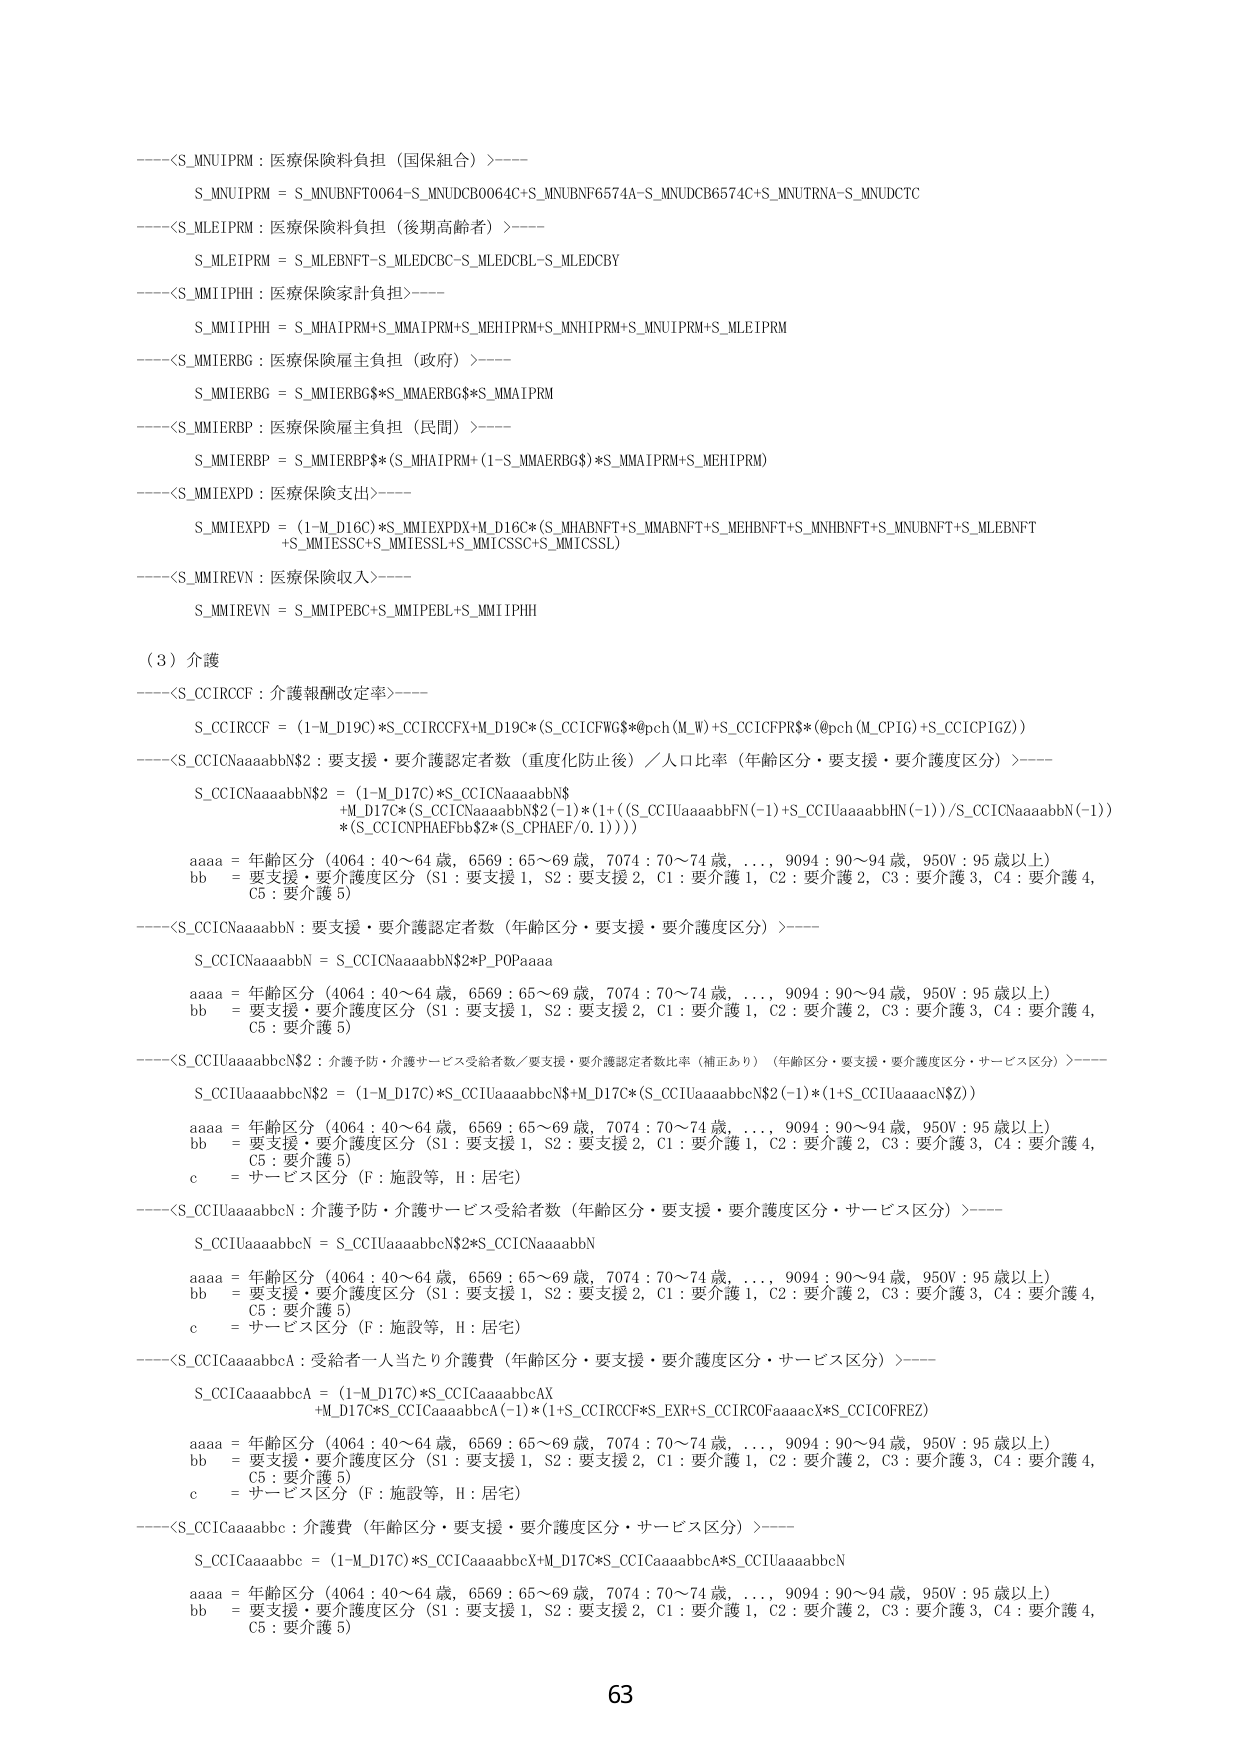
----<S_MNUIPRM : 医療保険料負担（国保組合）>----
S_MNUIPRM = S_MNUBNFT0064+S_MNUDCB0064C+S_MNUBNF6574A-S_MNUDCB6574C+S_MNUTRNA-S_MNUDCTC
----<S_MLEIPRM : 医療保険料負担（後期高齢者）>----
S_MLEIPRM = S_MLEBNFT-S_MLEDCBC-S_MLEDCBL-S_MLEDCBY
----<S_MMIIPHH : 医療保険家計負担>----
S_MMIIPHH = S_MHAIPRM+S_MMAIPRM+S_MEHIPRM+S_MNHIPRM+S_MNUIPRM+S_MLEIPRM
----<S_MMIERBG : 医療保険雇主負担（政府）>----
S_MMIERBG = S_MMIERBG$*S_MMAERBG$*S_MMAIPRM
----<S_MMIERBP : 医療保険雇主負担（民間）>----
S_MMIERBP = S_MMIERBP$*(S_MHAIPRM+(1-S_MMAERBG$)*S_MMAIPRM+S_MEHIPRM)
----<S_MMIEXPD : 医療保険支出>----
S_MMIEXPD = (1-M_D16C)*S_MMIEXPDX+M_D16C*(S_MHABNFT+S_MMABNFT+S_MEHBNFT+S_MNHBNFT+S_MNUBNFT+S_MLEBNFT
+S_MMTESCC+S_MMTESSL+S_MMICSSC+S_MMICSSL)
----<S_MMIREVN : 医療保険収入>----
S_MMIREVN = S_MMIPEBC+S_MMIPEBL+S_MMIIPHH

（3）介護
----<S_CCIRCCF : 介護報酬改定率>----
S_CCIRCCF = (1-M_D19C)*S_CCIRCCFX+M_D19C*(S_CCICFWG$*@pch(M_W)+S_CCICFPR$*(@pch(M_CPIG)+S_CCICPIGZ))
----<S_CCICNaaaabbN$2 : 要支援・要介護認定者数（重度化防止後）／人口比率（年齢区分・要支援・要介護度区分）>----
S_CCICNaaaabbN$2 = (1-M_D17C)*S_CCICNaaaabbN$
+M_D17C*(S_CCICNaaaabbN$2(-1)*(1+((S_CCIUaaaabbFN(-1)+S_CCIUaaaabbhN(-1))/S_CCICNaaaabbN(-1))
*(S_CCICNPHAEEFbb$Z*(S_CPHAEEF/0.1))))
aaaa = 年齢区分（4064 : 40～64 歳，6569 : 65～69 歳，7074 : 70～74 歳，...，9094 : 90～94 歳，950V : 95 歳以上）
bb = 要支援・要介護度区分（S1 : 要支援 1，S2 : 要支援 2，C1 : 要介護 1，C2 : 要介護 2，C3 : 要介護 3，C4 : 要介護 4，C5 : 要介護 5）
----<S_CCICNaaaabbN : 要支援・要介護認定者数（年齢区分・要支援・要介護度区分）>----
S_CCICNaaaabbN = S_CCICNaaaabbN$2*P_POPaaaa
aaaa = 年齢区分（4064 : 40～64 歳，6569 : 65～69 歳，7074 : 70～74 歳，...，9094 : 90～94 歳，950V : 95 歳以上）
bb = 要支援・要介護度区分（S1 : 要支援 1，S2 : 要支援 2，C1 : 要介護 1，C2 : 要介護 2，C3 : 要介護 3，C4 : 要介護 4，C5 : 要介護 5）
----<S_CCIUaaaabbccN$2 : 介護予防・介護サービス受給者数／要支援・要介護認定者数比率（補正あり）（年齢区分・要支援・要介護度区分・サービス区分）>----
S_CCIUaaaabbccN$2 = (1-M_D17C)*S_CCIUaaaabbccN$+M_D17C*(S_CCIUaaaabbccN$2(-1)*(1+S_CCIUaaaacN$Z))
aaaa = 年齢区分（4064 : 40～64 歳，6569 : 65～69 歳，7074 : 70～74 歳，...，9094 : 90～94 歳，950V : 95 歳以上）
bb = 要支援・要介護度区分（S1 : 要支援 1，S2 : 要支援 2，C1 : 要介護 1，C2 : 要介護 2，C3 : 要介護 3，C4 : 要介護 4，C5 : 要介護 5）
c = サービス区分（F : 施設等，H : 居宅）
----<S_CCIUaaaabbccN : 介護予防・介護サービス受給者数（年齢区分・要支援・要介護度区分・サービス区分）>----
S_CCIUaaaabbccN = S_CCIUaaaabbccN$2*S_CCICNaaaabbN
aaaa = 年齢区分（4064 : 40～64 歳，6569 : 65～69 歳，7074 : 70～74 歳，...，9094 : 90～94 歳，950V : 95 歳以上）
bb = 要支援・要介護度区分（S1 : 要支援 1，S2 : 要支援 2，C1 : 要介護 1，C2 : 要介護 2，C3 : 要介護 3，C4 : 要介護 4，C5 : 要介護 5）
c = サービス区分（F : 施設等，H : 居宅）
----<S_CCICaaaabbca : 受給者一人当たり介護費（年齢区分・要支援・要介護度区分・サービス区分）>----
S_CCICaaaabbca = (1-M_D17C)*S_CCICaaaabbcaAX
+M_D17C*S_CCICaaaabbca(-1)*(1+S_CCIRCCF*S_EXR+S_CCIRCOFaaaacX*S_CCICOFREZ)
aaaa = 年齢区分（4064 : 40～64 歳，6569 : 65～69 歳，7074 : 70～74 歳，...，9094 : 90～94 歳，950V : 95 歳以上）
bb = 要支援・要介護度区分（S1 : 要支援 1，S2 : 要支援 2，C1 : 要介護 1，C2 : 要介護 2，C3 : 要介護 3，C4 : 要介護 4，C5 : 要介護 5）
c = サービス区分（F : 施設等，H : 居宅）
----<S_CCICaaaabbcc : 介護費（年齢区分・要支援・要介護度区分・サービス区分）>----
S_CCICaaaabbcc = (1-M_D17C)*S_CCICaaaabbccX+M_D17C*S_CCICaaaabbccA*S_CCIUaaaabbccN
aaaa = 年齢区分（4064 : 40～64 歳，6569 : 65～69 歳，7074 : 70～74 歳，...，9094 : 90～94 歳，950V : 95 歳以上）
bb = 要支援・要介護度区分（S1 : 要支援 1，S2 : 要支援 2，C1 : 要介護 1，C2 : 要介護 2，C3 : 要介護 3，C4 : 要介護 4，C5 : 要介護 5）

63